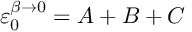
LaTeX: \varepsilon _ { 0 } ^ { \beta \rightarrow 0 } = A + B + C